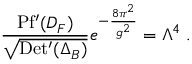
\frac { \mathrm { P f ^ { \prime } } ( D _ { F } ) } { \sqrt { \mathrm { D e t ^ { \prime } } ( \Delta _ { B } ) } } e ^ { - \frac { 8 \pi ^ { 2 } } { g ^ { 2 } } } = \Lambda ^ { 4 } ~ .